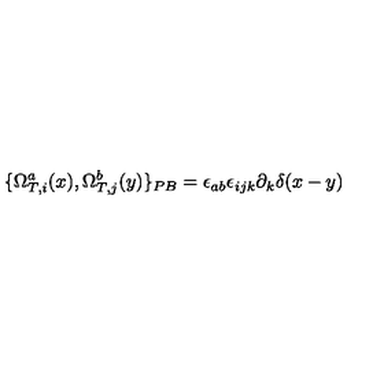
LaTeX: \{ \Omega _ { T , i } ^ { a } ( x ) , \Omega _ { T , j } ^ { b } ( y ) \} _ { P B } = \epsilon _ { a b } \epsilon _ { i j k } \partial _ { k } \delta ( x - y )